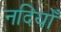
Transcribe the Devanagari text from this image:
नदियोँ